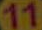
11